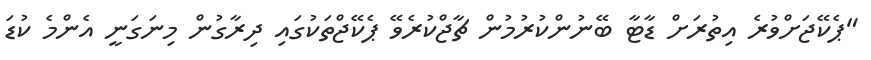
"ޕެކޭޖަށްވުރެ އިތުރަށް ޑާޓާ ބޭނުންކުރުމުން ޗާޖްކުރެވޭ ޕެކޭޖްތަކުގައި ދިރާގުން މިނަގަނީ އެންމެ ކުޑަ